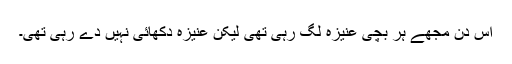
اس دن مجھے ہر بچی عنیزہ لگ رہی تھی لیکن عنیزہ دکھائی نہیں دے رہی تھی۔